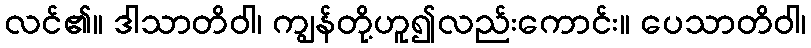
လင်၏။ ဒါသာတိဝါ၊ ကျွန်တို့ဟူ၍လည်းကောင်း။ ပေသာတိဝါ၊